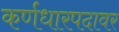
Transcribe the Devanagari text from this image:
कर्णधारपदावर